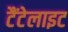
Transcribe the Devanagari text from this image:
टैंटेलाइट